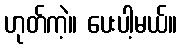
ဟုတ်ကဲ့။ ပေးပါ့မယ်။